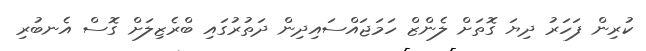
ކުރިން ފަހަރު ދިޔަ ގޮތަށް ލެންޒް ހަމަޖައްސައިދިން ދަތުރުގައި ބްރެޒިލަށް ގޮސް އެނބުރި